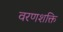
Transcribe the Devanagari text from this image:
वरणशक्ति